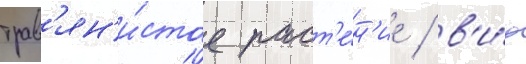
трав'ян'и́стое раст'е́н'ие / в'и́д